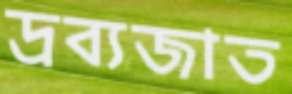
দ্রব্যজাত